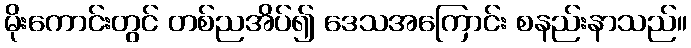
မိုးကောင်းတွင် တစ်ညအိပ်၍ ဒေသအကြောင်း စနည်းနာသည်။